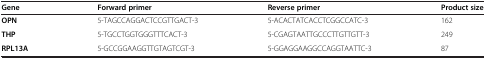
| Gene | Forward primer | Reverse primer | Product size |
 | --- | --- | --- | --- |
 | OPN | 5-TAGCCAGGACTCCGTTGACT-3 | 5-ACACTATCACCTCGGCCATC-3 | 162 |
 | THP | 5-TGCCTGGTGGGTTTCACT-3 | 5-CGAGTAATTGCCCTTGTTGTT-3 | 249 |
 | RPL13A | 5-GCCGGAAGGTTGTAGTCGT-3 | 5-GGAGGAAGGCCAGGTAATTC-3 | 87 |